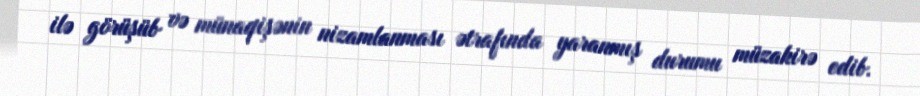
ilə görüşüb və münaqişənin nizamlanması ətrafında yaranmış durumu müzakirə edib.